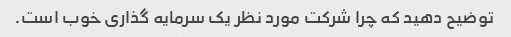
توضیح دهید که چرا شرکت مورد نظر یک سرمایه گذاری خوب است.